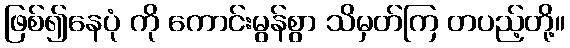
ဖြစ်၍နေပုံ ကို ကောင်းမွန်စွာ သိမှတ်ကြ တပည့်တို့။